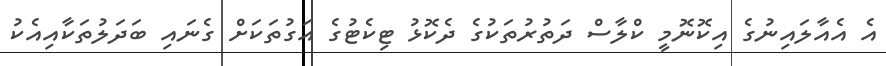
އެ އެއާލައިނުގެ އިކޮނޮމީ ކްލާސް ދަތުރުތަކުގެ ދެކޮޅު ޓިކެޓުގެ އަގުތަކަށް ގެނައި ބަދަލުތަކާއިއެކު